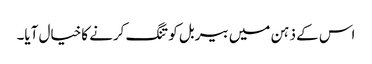
اس کے ذہن میں بیربل کو تنگ کرنے کاخیال آیا۔